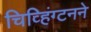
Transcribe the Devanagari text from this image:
चिव्हिंग्टनने